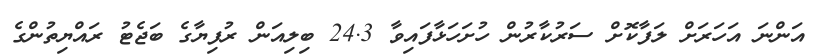
އަންނަ އަހަރަށް ލަފާކޮށް ސަރުކާރުން ހުށަހަޅާފައިވާ 24.3 ބިލިއަން ރުފިޔާގެ ބަޖެޓު ރައްޔިތުންގެ